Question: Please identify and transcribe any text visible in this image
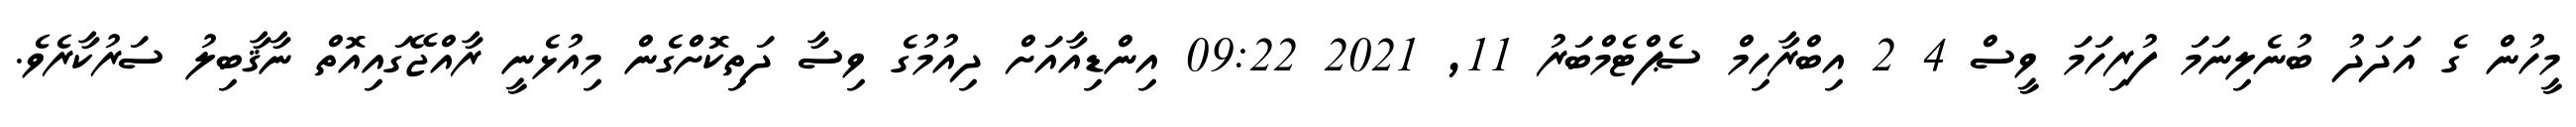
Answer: މީހުން ގެ އަދަދު ބުނެލިނަމަ ފުރިހަމަ ވީސް 4 2 އިބްރާހިމް ސެޕްޓެމްބަރު 11, 2021 09:22 އިންޑިއާއަށް ދިއުމުގެ ވިސާ ދަތިކޮށްގެން މިއުޅެނީ ރާއްޖޭގައިއޮތް ނާޤާބިލު ސަރުކާރެވެ.